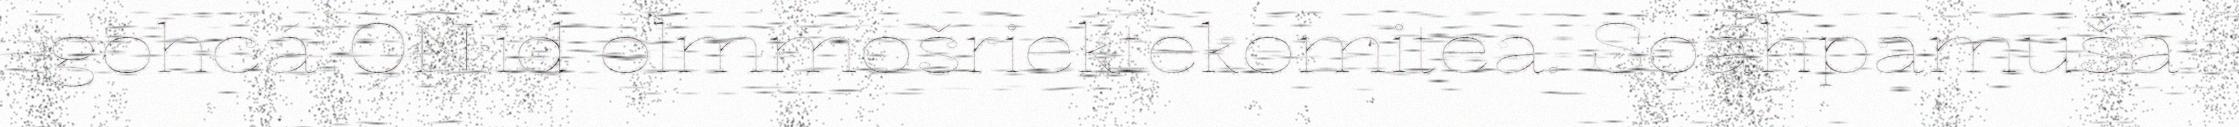
gohcá ON:id olmmošriektekomitea. Soahpamuša